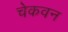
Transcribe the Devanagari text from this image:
चेकवन